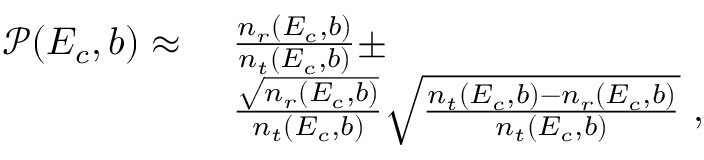
\begin{array} { r l } { \mathcal { P } ( E _ { c } , b ) \approx ~ } & { \frac { n _ { r } ( E _ { c } , b ) } { n _ { t } ( E _ { c } , b ) } \pm } \\ & { \frac { \sqrt { n _ { r } ( E _ { c } , b ) } } { n _ { t } ( E _ { c } , b ) } \sqrt { \frac { n _ { t } ( E _ { c } , b ) - n _ { r } ( E _ { c } , b ) } { n _ { t } ( E _ { c } , b ) } } ~ , } \end{array}